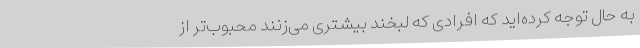
به حال توجه کرده‌اید که افرادی که لبخند بیشتری می‌زنند محبوب‌تر از